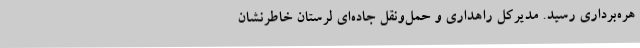
هره‌برداری رسید. مدیرکل راهداری و حمل‌ونقل جاده‌ای لرستان خاطرنشان